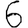
Digit: 6